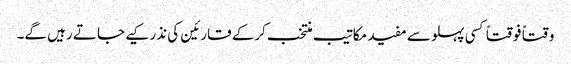
وقتاً فوقتاً کسی پہلو سے مفید مکاتیب منتخب کرکے قارئین کی نذر کیے جاتے رہیں گے۔